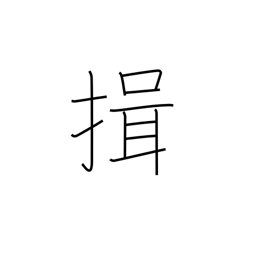
Meaning: bow with arms folded